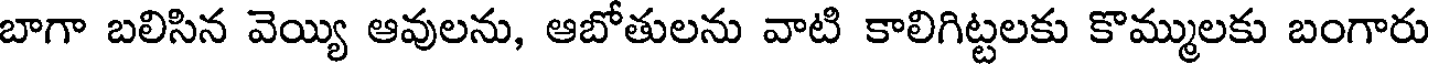
బాగా బలిసిన వెయ్యి ఆవులను, ఆబోతులను వాటి కాలిగిట్టలకు కొమ్ములకు బంగారు